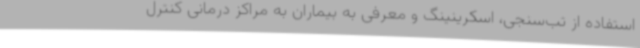
استفاده از تب‌سنجی، اسکرینینگ و معرفی به بیماران به مراکز درمانی کنترل